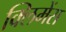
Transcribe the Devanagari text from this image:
क्लिमेंस